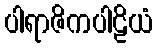
ပါရာဇိကပါဠိယံ